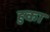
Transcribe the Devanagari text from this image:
हुका